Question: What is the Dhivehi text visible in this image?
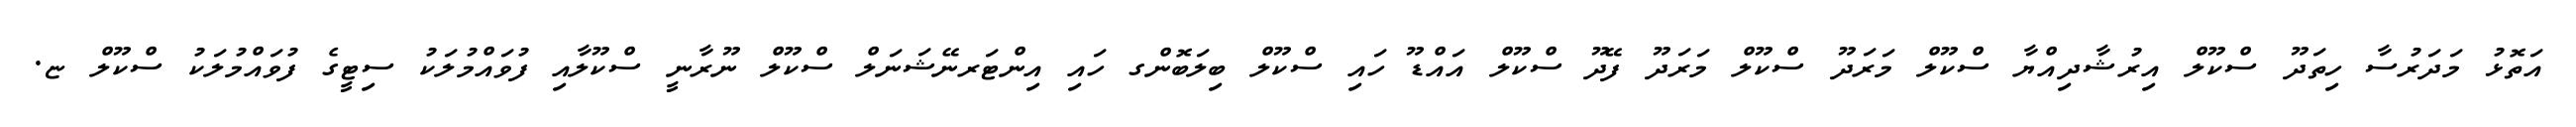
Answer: އަތޮޅު މަދަރުސާ ހިތަދޫ ސްކޫލް އިރުޝާދިއްޔާ ސްކޫލް މަރަދޫ ސްކޫލް މަރަދޫ ފޭދޫ ސްކޫލް އައްޑޫ ހައި ސްކޫލް ބިލަބޮންގ ހައި އިންޓަރނޭޝަނަލް ސްކޫލް ނޫރާނީ ސްކޫލާއި ފުވައްމުލަކު ސިޓީގެ ފުވައްމުލަކު ސްކޫލް ޏ.